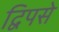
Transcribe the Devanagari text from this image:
द्विपसे